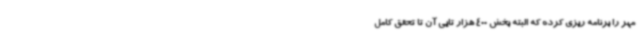
مهر را برنامه ریزی کرده که البته بخش 400 هزار تایی آن تا تحقق کامل